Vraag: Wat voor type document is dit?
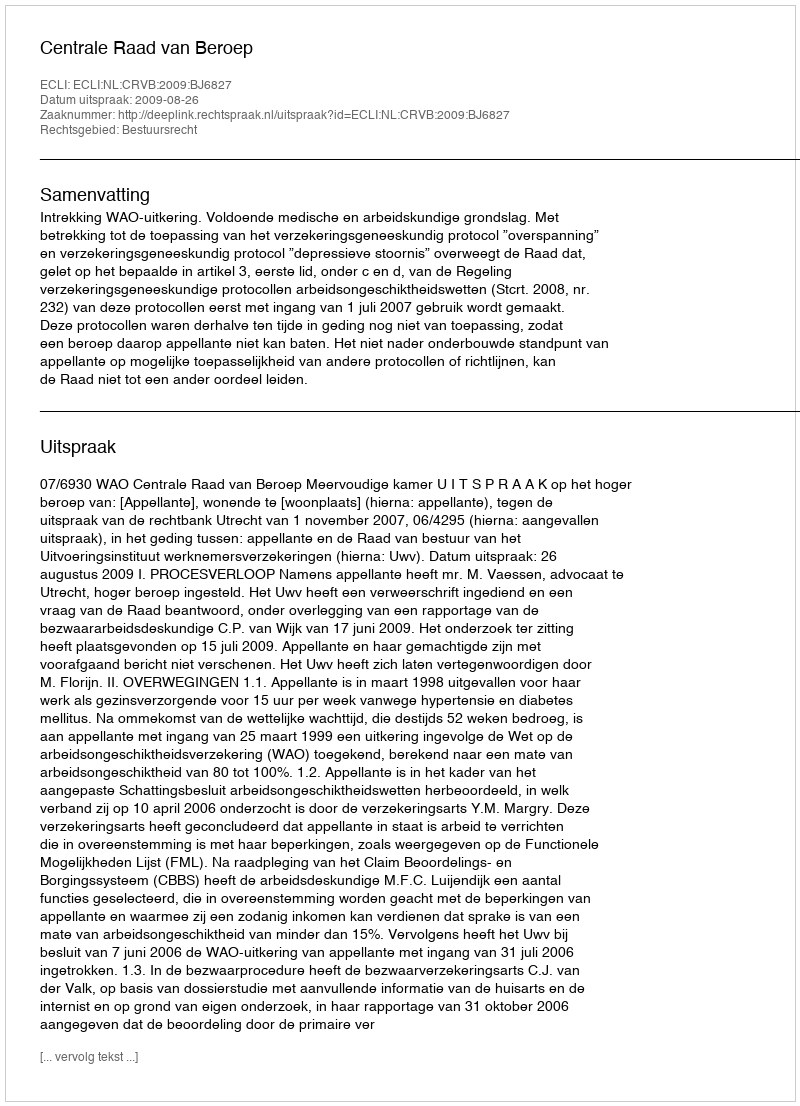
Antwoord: Uitspraak